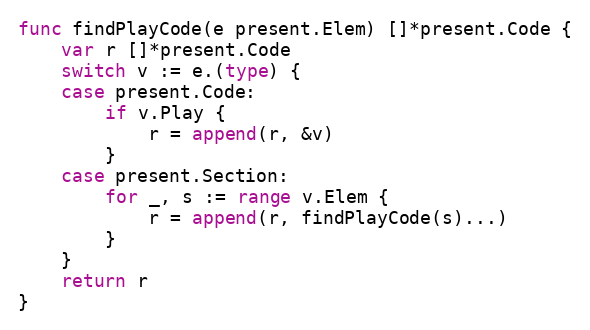
Language: Go
func findPlayCode(e present.Elem) []*present.Code {
	var r []*present.Code
	switch v := e.(type) {
	case present.Code:
		if v.Play {
			r = append(r, &v)
		}
	case present.Section:
		for _, s := range v.Elem {
			r = append(r, findPlayCode(s)...)
		}
	}
	return r
}